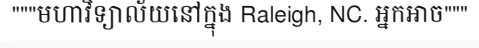
"""មហាវិទ្យាល័យនៅក្នុង Raleigh, NC. អ្នកអាច"""